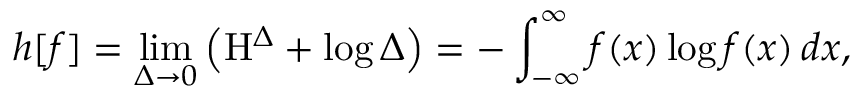
h [ f ] = \operatorname* { l i m } _ { \Delta \to 0 } \left( \mathrm { H } ^ { \Delta } + \log \Delta \right) = - \int _ { - \infty } ^ { \infty } f ( x ) \log f ( x ) \, d x ,